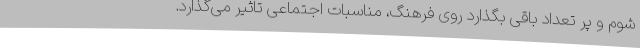
شوم و پر تعداد باقی بگذارد روی فرهنگ، مناسبات اجتماعی تاثیر می‌گذارد.